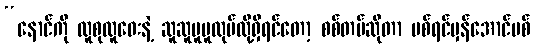
“နောင်ကို လူစုလူဝေးနဲ့ ဆူဆူပူပူလုပ်လို့ရှိရင်တော့ စစ်တပ်ဆိုတာ ပစ်ရင်မှန်အောင်ပစ်